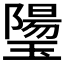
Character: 𰢒